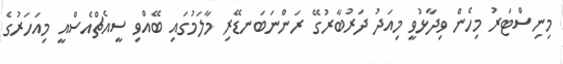
މިނިސްޓަރު މިހެން ވިދާޅުވީ މިއަދު ދަރުބާރުގޭ ރަންނަބަނޑޭރި މާލަމުގައި ބޭއްވި ސީއެޗްއެސްއީ މިއަހަރުގެ